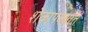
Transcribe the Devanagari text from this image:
शेकापक्क्षात